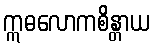
ဣဓလောကစိန္တာယ